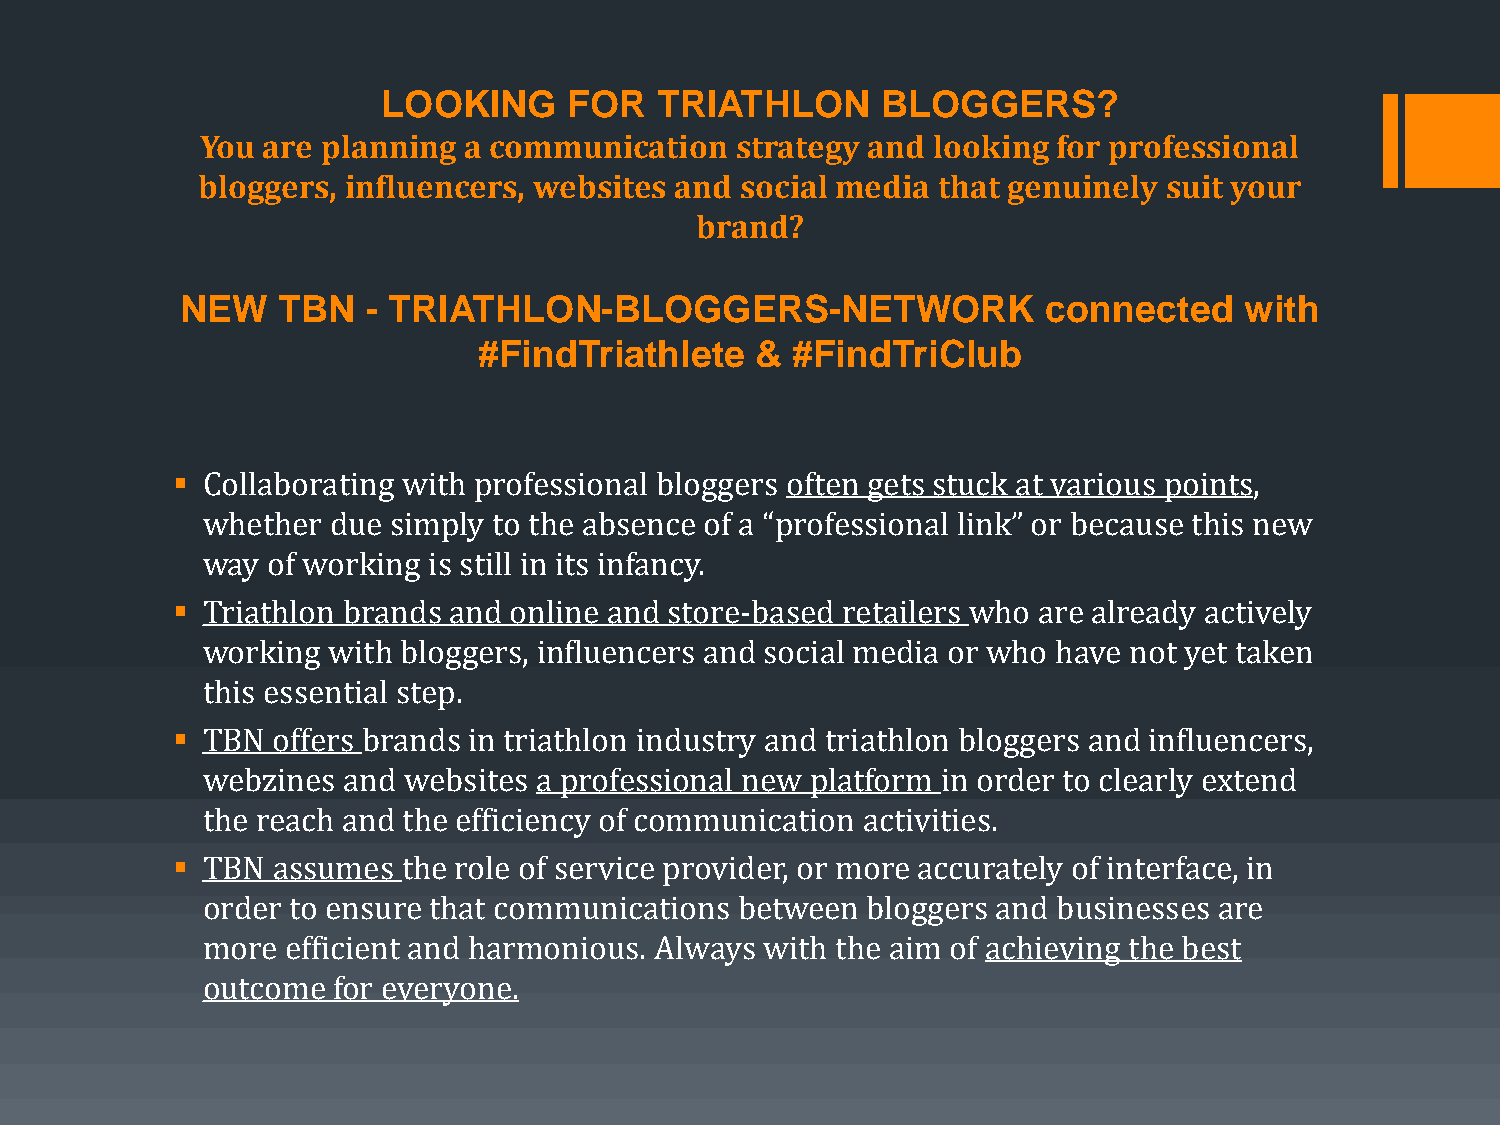
LOOKING      FOR  TRIATHLON      BLOGGERS?
 You are planning  a communication   strategy and looking for professional
 bloggers, influencers, websites and social media that genuinely suit your
 brand?
 NEW   TBN   - TRIATHLON-BLOGGERS-NETWORK                 connected    with
 #FindTriathlete   & #FindTriClub
 ▪ Collaborating with professional bloggers often gets stuck at various points,
 whether  due simply to the absence of a “professional link” or because this new
 way  of working is still in its infancy.
 ▪ Triathlon brands and online and store-based retailers who are already actively
 working  with bloggers, influencers and social media or who have not yet taken
 this essential step.
 ▪ TBN  offers brands in triathlon industry and triathlon bloggers and influencers,
 webzines  and websites a professional new platform in order to clearly extend
 the reach and the efficiency of communication activities.
 ▪ TBN  assumes  the role of service provider, or more accurately of interface, in
 order to ensure that communications between bloggers and businesses are
 more  efficient and harmonious. Always with the aim of achieving the best
 outcome  for everyone.